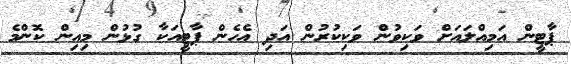
ޕާޓީން އަމިއްލައަށް ވަކިވުން ވަކިކުރުން އަދި އެހެން ޕާޓީއަކާ ގުޅުން މިއިން ކޮންމެ